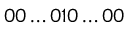
0 0 \ldots 0 1 0 \ldots 0 0